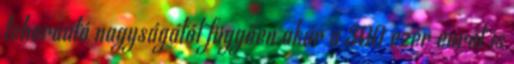
teherautó nagyságától függően akár a 300 ezer eurót is